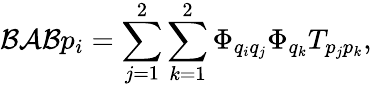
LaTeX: \mathcal{B}\mathcal{A}\mathcal{B}p_{i}=\sum_{j=1}^{2}\sum_{k=1}^{2}\Phi_{q_{i}q_{j}}\Phi_{q_{k}}T_{p_{j}p_{k}},